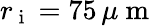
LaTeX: r_{\mathrm{~i~}}=75\, \mu\mathrm{~m~}